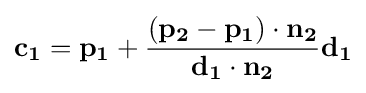
\mathbf {c_{1}} =\mathbf {p_{1}} +{\frac {(\mathbf {p_{2}} -\mathbf {p_{1}} )\cdot \mathbf {n_{2}} }{\mathbf {d_{1}} \cdot \mathbf {n_{2}} }}\mathbf {d_{1}}